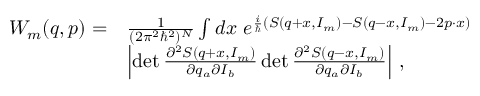
\begin{array} { r l } { W _ { m } ( q , p ) = } & { \frac { 1 } { ( 2 \pi ^ { 2 } \hbar ^ { 2 } ) ^ { N } } \int d x \ e ^ { \frac { i } { \hbar } \left( S ( q + x , I _ { m } ) - S ( q - x , I _ { m } ) - 2 p \cdot x \right) } } \\ & { \left| \operatorname* { d e t } \frac { \partial ^ { 2 } S ( q + x , I _ { m } ) } { \partial q _ { a } \partial I _ { b } } \operatorname* { d e t } \frac { \partial ^ { 2 } S ( q - x , I _ { m } ) } { \partial q _ { a } \partial I _ { b } } \right| \, , } \end{array}